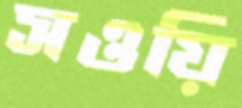
সওয়ি